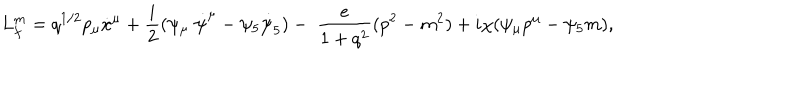
LaTeX: L _ { f } ^ { m } = q ^ { 1 / 2 } p _ { \mu } \dot { x } ^ { \mu } + \frac { i } { 2 } ( \psi _ { \mu } \; \dot { \psi } ^ { \mu } - \psi _ { 5 } \dot { \psi } _ { 5 } ) - \; \frac { e } { 1 + q ^ { 2 } } ( p ^ { 2 } - m ^ { 2 } ) + i \chi ( \psi _ { \mu } p ^ { \mu } - \psi _ { 5 } m ) ,